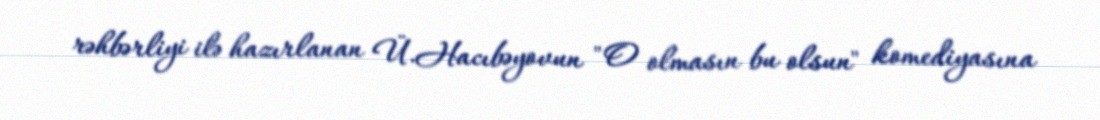
rəhbərliyi ilə hazırlanan Ü.Hacıbəyovun "O olmasın bu olsun" komediyasına